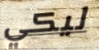
ليكي